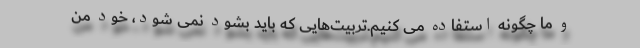
و ما چگونه استفاده می کنیم.تربیت‌هایی که باید بشود نمی شود، خود منِ